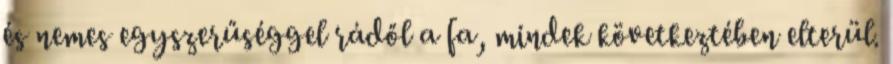
és nemes egyszerűséggel rádől a fa, mindek következtében elterül.